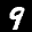
Label: 9